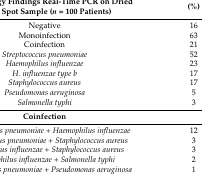
| Microbiology Findings Real-Time PCR on Dried Blood Spot Sample (n = 100 Patients) | (%) |
 | --- | --- |
 | Negative | 16 |
 | Monoinfection | 63 |
 | Coinfection | 21 |
 | Streptococcus pneumoniae | 52 |
 | Haemophilus influenzae | 23 |
 | H. influenzae type b | 17 |
 | Staphylococcus aureus | 17 |
 | Pseudomonas aeruginosa | 5 |
 | Salmonella typhi | 3 |
 | Coinfection |  |
 | Streptococcus pneumoniae + Haemophilus influenzae | 12 |
 | Streptococcus pneumoniae + Staphylococcus aureus | 3 |
 | Haemophilus influenzae + Staphylococcus aureus | 3 |
 | Haemophilus influenzae + Salmonella typhi | 2 |
 | Streptococcus pneumoniae + Pseudomonas aeruginosa | 1 |